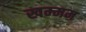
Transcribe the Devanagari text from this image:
खम्‍मम